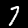
Label: 7